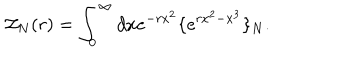
{ \cal Z } _ { N } ( r ) = \int _ { 0 } ^ { \infty } d x e ^ { - r x ^ { 2 } } \{ e ^ { r x ^ { 2 } - x ^ { 3 } } \} _ { N } .